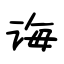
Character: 诲